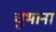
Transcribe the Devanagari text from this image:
चुभाना